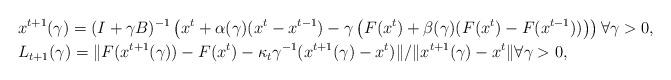
LaTeX: \begin{align*}&x^{t+1}(\gamma)=(I+\gamma B)^{-1}\left(x^t+\alpha(\gamma)(x^t-x^{t-1})-\gamma \left(F(x^t)+\beta(\gamma)(F(x^t)-F(x^{t-1}))\right)\right) \forall \gamma >0, \\&L_{t+1}(\gamma)= \|F(x^{t+1}(\gamma))-F(x^{t})- \kappa_t \gamma^{-1}(x^{t+1}(\gamma)-x^t)\|/\|x^{t+1}(\gamma)-x^t\| \forall \gamma >0, \end{align*}